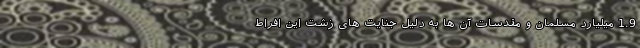
1.9 میلیارد مسلمان و مقدسات آن ها به دلیل جنایت های زشت این افراط